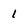
Character: 1